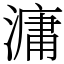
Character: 滽